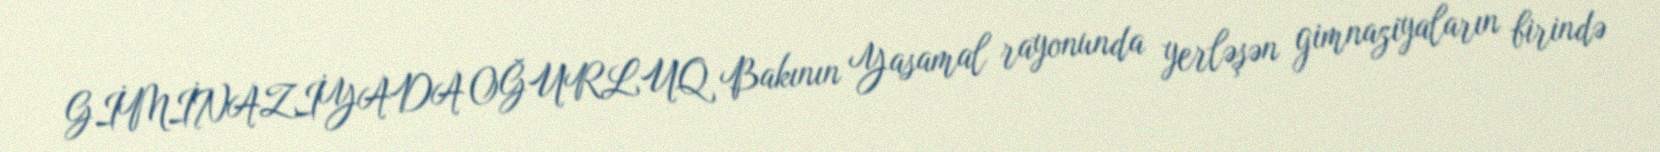
GİMİNAZİYADA OĞURLUQ Bakının Yasamal rayonunda yerləşən gimnaziyaların birində